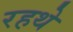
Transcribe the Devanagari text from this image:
रहथे